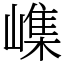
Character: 㠎